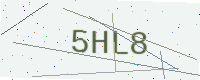
Text: 5HL8